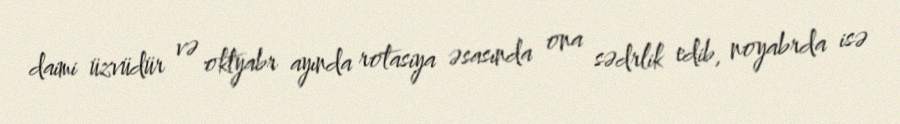
daimi üzvüdür və oktyabr ayında rotasiya əsasında ona sədrlik edib, noyabrda isə